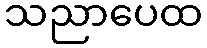
သညာပေထ